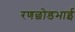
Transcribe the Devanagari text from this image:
रणछोडभाई